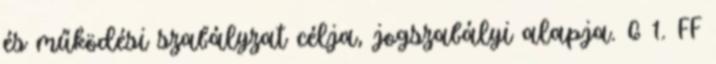
és működési szabályzat célja, jogszabályi alapja. 6 1. FF